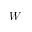
W